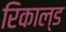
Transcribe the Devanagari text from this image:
रिकाल्ड